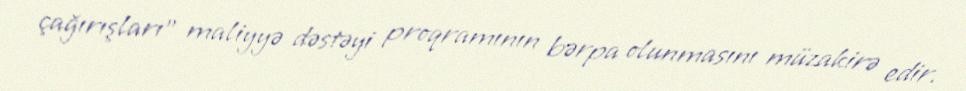
çağırışları” maliyyə dəstəyi proqramının bərpa olunmasını müzakirə edir.